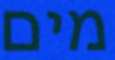
מים